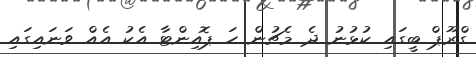
ގްރޫޕް ބީގައި ކުޅުނު ދެ މެޗުން ހަ ޕޮއިންޓާ އެކު އެއް ވަނައިގައި